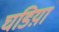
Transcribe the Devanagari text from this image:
घडिय़ां